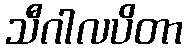
သီဂါလပိတာ